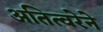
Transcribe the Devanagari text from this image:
अतित्वरेने